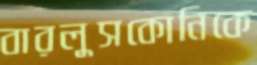
বারলুসকোনিকে